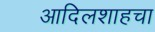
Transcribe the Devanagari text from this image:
आदिलशाहचा